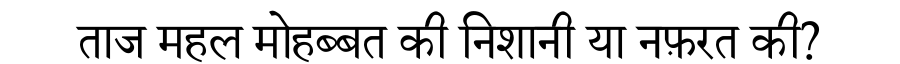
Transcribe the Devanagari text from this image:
ताज महल मोहब्बत की निशानी या नफ़रत की?